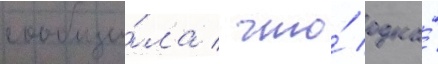
сообщи́ла / что́ одна́